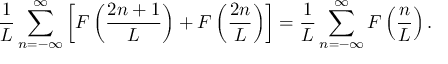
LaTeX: \frac { 1 } { L } \sum _ { n = - \infty } ^ { \infty } \left[ F \left( \frac { 2 n + 1 } { L } \right) + F \left( \frac { 2 n } { L } \right) \right] = \frac { 1 } { L } \sum _ { n = - \infty } ^ { \infty } F \left( \frac { n } { L } \right) .